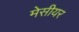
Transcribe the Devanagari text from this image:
मेसीयर